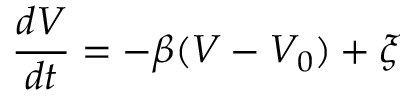
\frac { d V } { d t } = - \beta ( V - V _ { 0 } ) + \xi